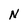
Character: N